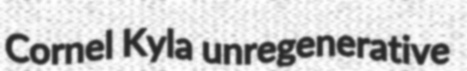
Cornel Kyla unregenerative